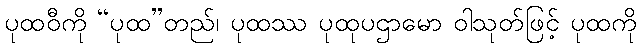
ပုထဝီကို “ပုထ”တည်၊ ပုထဿ ပုထုပဌာမော ဝါသုတ်ဖြင့် ပုထကို